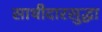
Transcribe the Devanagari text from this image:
साथीदारसुद्धा